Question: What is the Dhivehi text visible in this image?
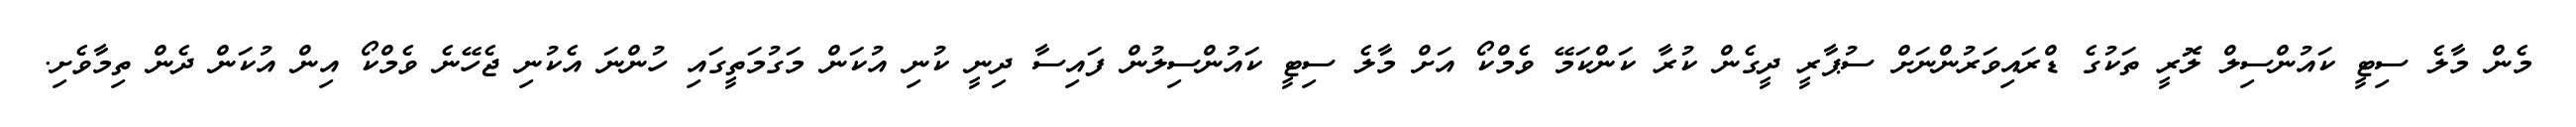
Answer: މެން މާލެ ސިޓީ ކައުންސިލް ލޮރީ ތަކުގެ ޑްރައިވަރުންނަށް ސުޕާރީ ދީގެން ކުރާ ކަންކަމޭ ވެމްކޯ އަށް މާލެ ސިޓީ ކައުންސިލުން ފައިސާ ދިނީ ކުނި އުކަން މަގުމަތީގައި ހުންނަ އެކުނި ޖެހޭނެ ވެމްކޯ އިން އުކަން ދެން ތިމާވެށި.